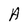
Character: A